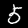
Label: 5